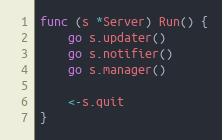
Language: Go
func (s *Server) Run() {
	go s.updater()
	go s.notifier()
	go s.manager()

	<-s.quit
}